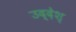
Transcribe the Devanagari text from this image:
उद्देश्